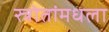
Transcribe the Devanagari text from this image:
स्त्रोतांमधला